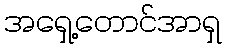
အရှေ့တောင်အာရှ